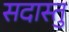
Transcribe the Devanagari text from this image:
सदास्तु